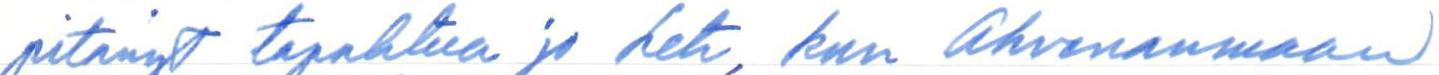
pitänyt tapahtua jo heti, kun Ahvenanmaan